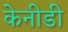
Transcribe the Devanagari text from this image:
केनीडी